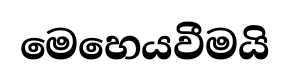
මෙහෙයවීමයි